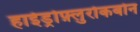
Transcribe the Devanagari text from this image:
हाईड्रोफ़्लुरोकर्बोन